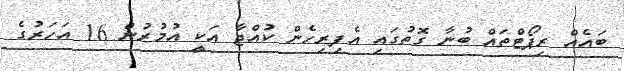
ބައެއް ރިޕޯޓްތައް ބުނާ ގޮތުގައި އެފިރިހެން ކުއްޖާ އަކީ އުމުރުން 16 އަހަރުގެ